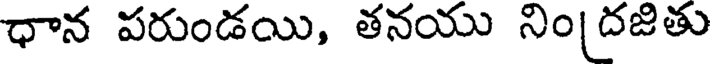
ధాన పరుండయి, తనయు నిం|దజితు